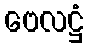
ဗေလဋ္ဌံ